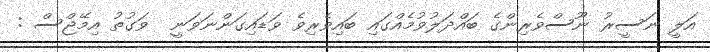
އަލީ ނަސީރު ނޫސްވެރިންގެ ބައްދަލުވުމެއްގައި ބައިވެރިވެ ވަޑައިގަންނަވަނީ  ވަގުތު އިމޭޖްސް :